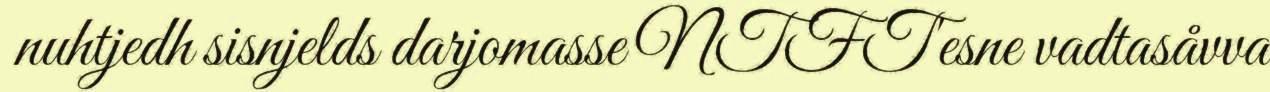
nuhtjedh sisnjelds darjomasse NTFT'esne vadtasåvva